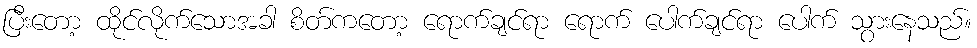
ပြီးတော့ ထိုင်လိုက်သောအခါ စိတ်ကတော့ ရောက်ချင်ရာ ရောက် ပေါက်ချင်ရာ ပေါက် သွားနေသည်။